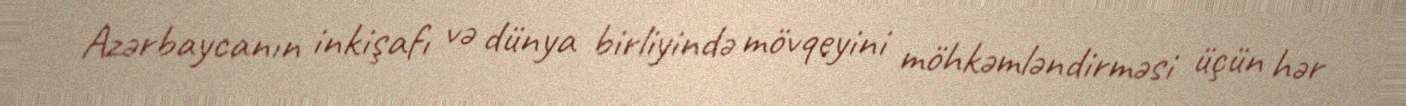
Azərbaycanın inkişafı və dünya birliyində mövqeyini möhkəmləndirməsi üçün hər